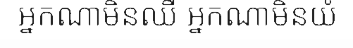
អ្នកណាមិនឈឺ អ្នកណាមិនយំ